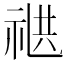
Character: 𬒸